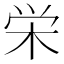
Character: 栄